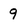
Character: 9